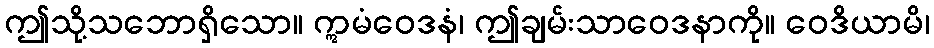
ဤသို့သဘောရှိသော။ ဣမံဝေဒနံ၊ ဤချမ်းသာဝေဒနာကို။ ဝေဒိယာမိ၊